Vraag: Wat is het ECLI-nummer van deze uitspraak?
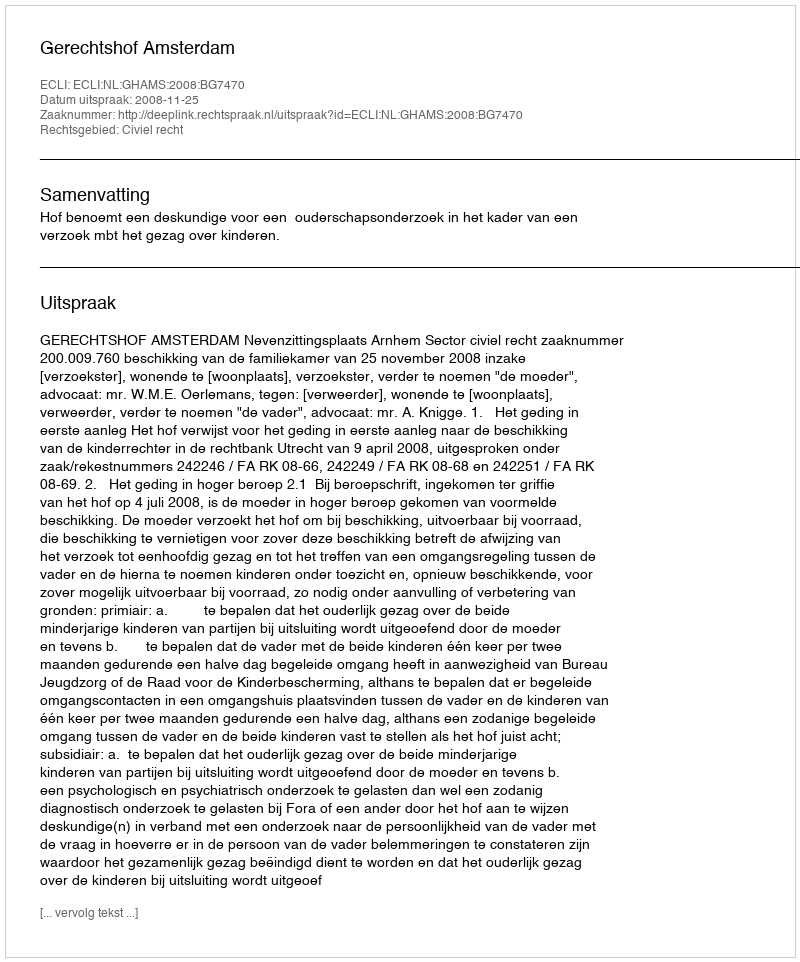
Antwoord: ECLI:NL:GHAMS:2008:BG7470